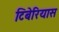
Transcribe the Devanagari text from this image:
टिबेरियास